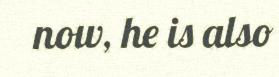
now, he is also